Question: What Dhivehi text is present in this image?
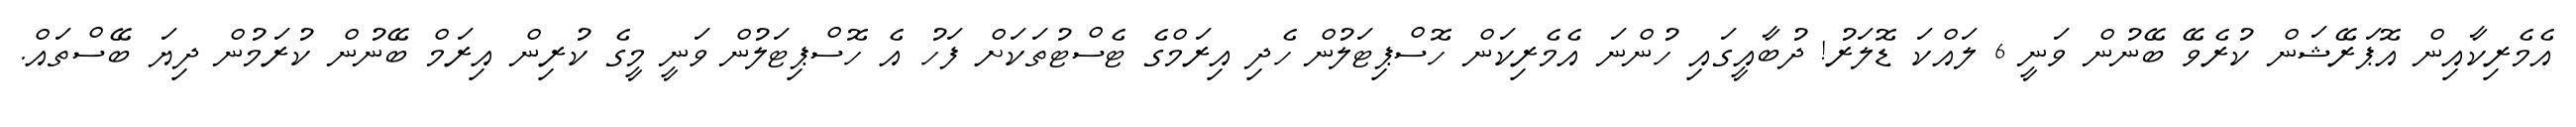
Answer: އެމެރިކާއިން އޮޕަރޭޝަން ކުރެވޭ ބޭނުން ވަނީ 6 ލައްކަ ޑޮލަރު! ދުބާއީގައި ހުންނަ އެމެރިކަން ހޮސްޕިޓަލުން ހެދި އިރަމްގެ ޓެސްޓުތަކަށް ފަހު އެ ހޮސްޕިޓަލުން ވަނީ މީގެ ކުރިން އިރަމް ބޭނުން ކުރަމުން ދިޔަ ބޭސްތައް.